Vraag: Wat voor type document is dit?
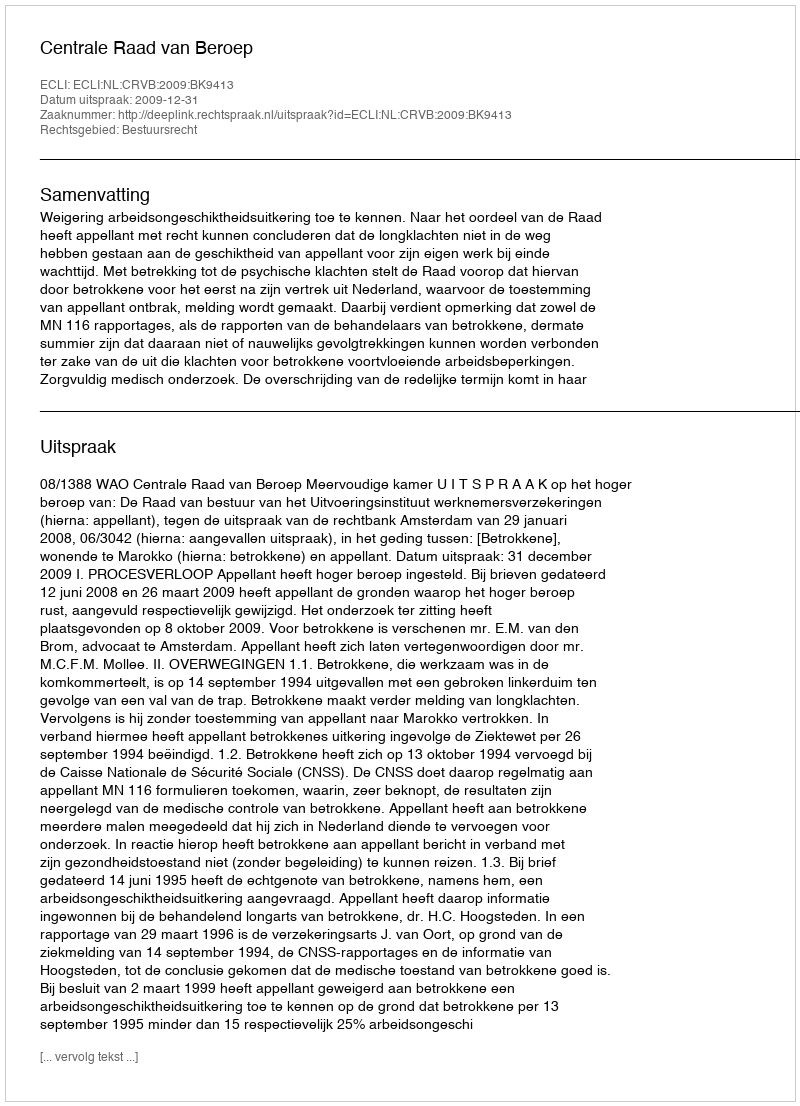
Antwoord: Uitspraak